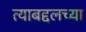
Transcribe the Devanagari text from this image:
त्याबद्दलच्या